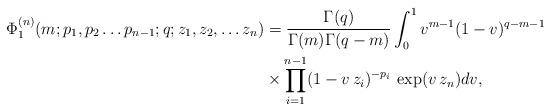
LaTeX: \begin{align*}\Phi_1^{(n)}(m;p_1, p_2\ldots p_{n-1};q;z_1,z_2,\ldots z_n)&=\frac{\Gamma(q)}{\Gamma(m)\Gamma(q-m)}\int_0^1v^{m-1}(1-v)^{q-m-1} \\& \times\prod_{i=1}^{n-1}(1-v\,z_i)^{-p_i}\,\exp(v\,z_n)dv,\end{align*}